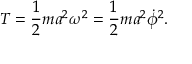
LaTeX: T = { \frac { 1 } { 2 } } m a ^ { 2 } \omega ^ { 2 } = { \frac { 1 } { 2 } } m a ^ { 2 } { \dot { \phi } } ^ { 2 } .